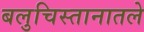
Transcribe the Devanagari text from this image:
बलुचिस्तानातले